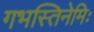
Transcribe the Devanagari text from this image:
गभस्तिनेमिः